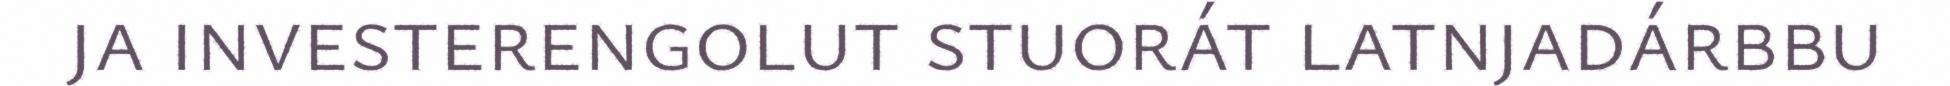
ja investerengolut stuorát latnjadárbbu